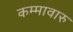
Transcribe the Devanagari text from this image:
कम्मावारु